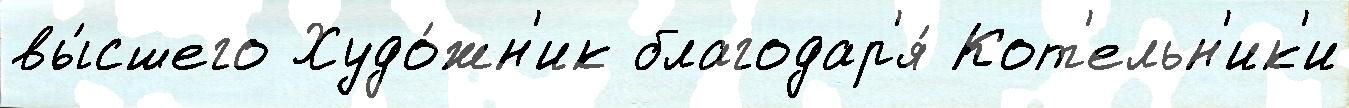
вы́сшего Худо́жн'ик благодар'я́ Кот'ельн'ик'и